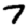
Digit: 7